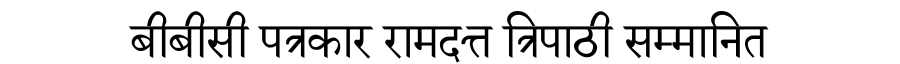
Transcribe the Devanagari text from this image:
बीबीसी पत्रकार रामदत्त त्रिपाठी सम्मानित